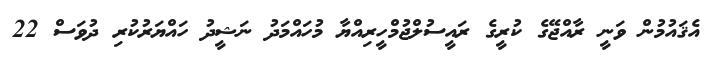
އެޤައުމުން ވަނީ ރާއްޖޭގެ ކުރީގެ ރައީސުލްޖުމްހީރިއްޔާ މުހައްމަދު ނަޝީދު ހައްޔަރުކުރި ދުވަސް 22